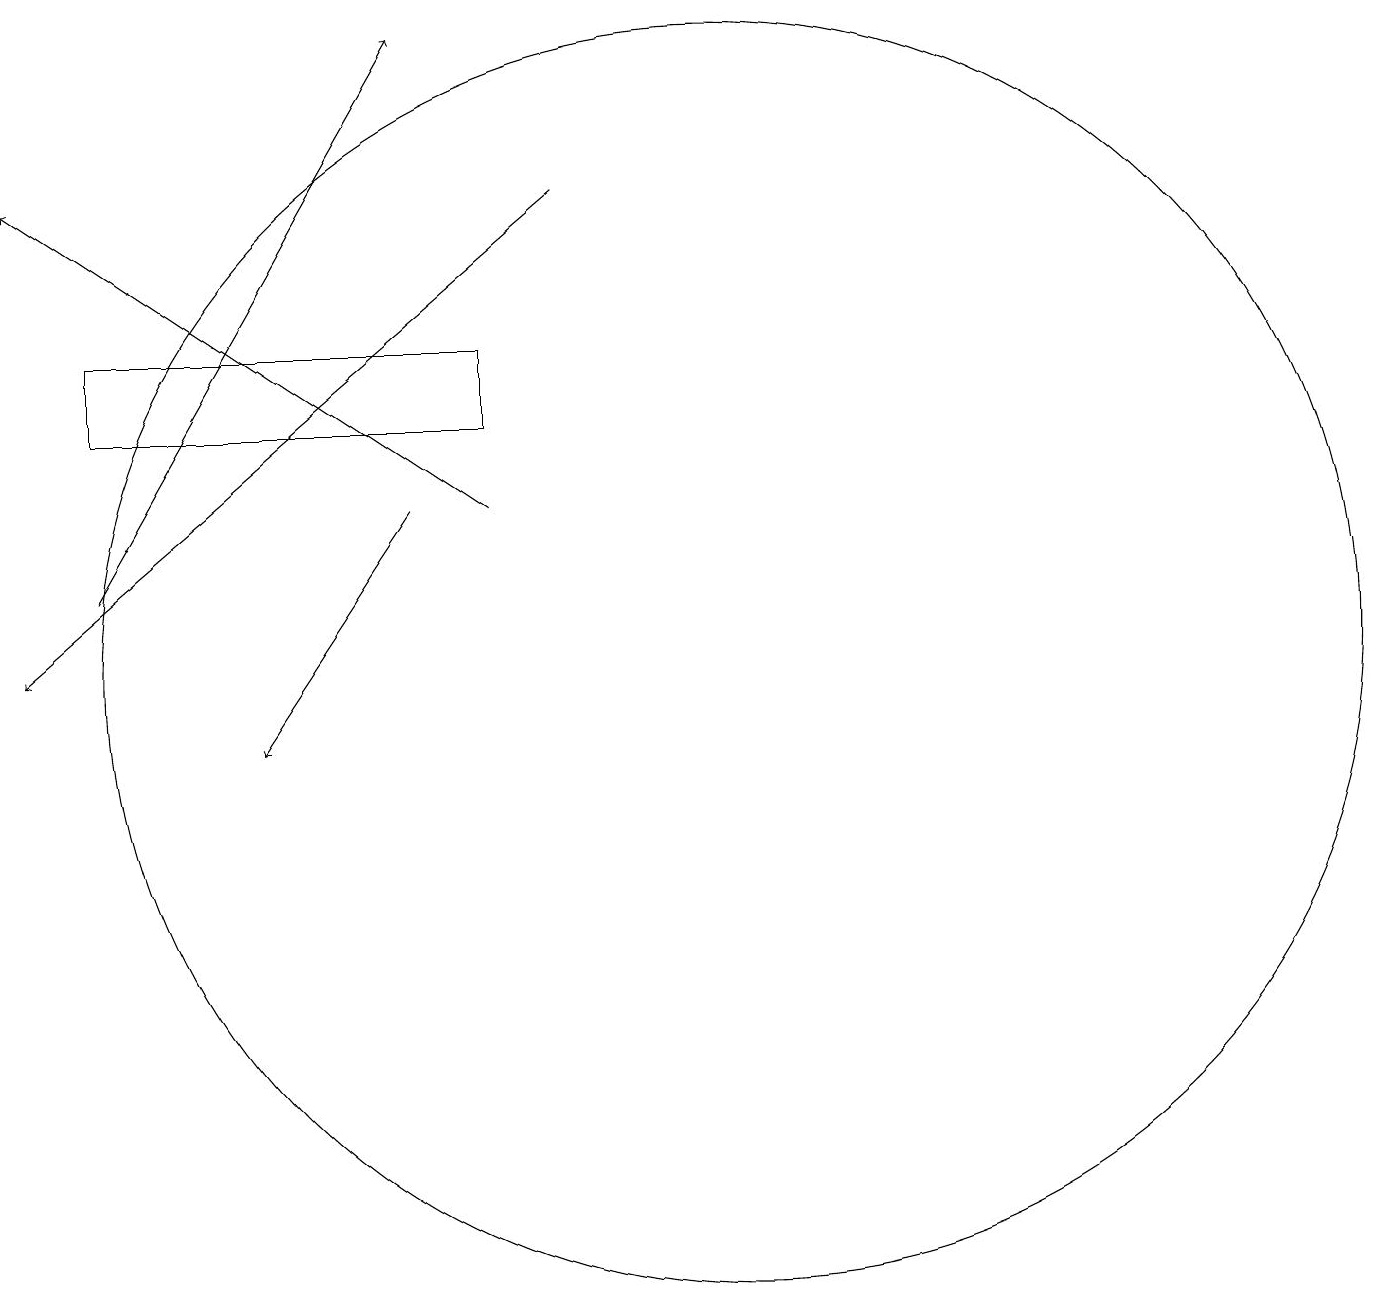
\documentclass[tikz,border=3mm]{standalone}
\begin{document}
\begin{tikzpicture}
\draw (2,15) rectangle (7,14);
\draw[->] (6,13) -- (4,10);
\draw (10,11) circle (8);
\draw[->] (2,12) -- (6,19);
\draw[->] (7,13) -- (1,17);
\draw[->] (8,17) -- (1,11);
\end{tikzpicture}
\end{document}